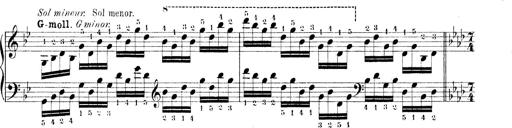
Title: Technische Studien
Composer: Franz Liszt